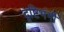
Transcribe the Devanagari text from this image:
दृष्टिभंगी